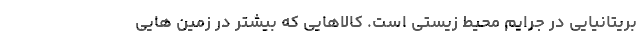
بریتانیایی در جرایم محیط زیستی است. کالاهایی که بیشتر در زمین هایی